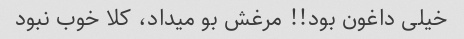
خیلی داغون بود!! مرغش بو میداد، کلا خوب نبود